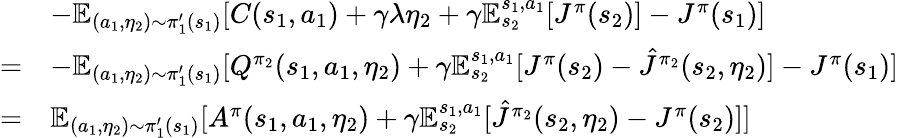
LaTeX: \begin{array}{rl}&{-\mathbb{E}_{(a_{1},\eta_{2})\sim\pi_{1}^{\prime}(s_{1})}[C(s_{1},a_{1})+\gamma\lambda\eta_{2}+\gamma\mathbb{E}_{s_{2}}^{s_{1},a_{1}}[J^{\pi}(s_{2})]-J^{\pi}(s_{1})]}\\ {=}&{-\mathbb{E}_{(a_{1},\eta_{2})\sim\pi_{1}^{\prime}(s_{1})}[Q^{\pi_{2}}(s_{1},a_{1},\eta_{2})+\gamma\mathbb{E}_{s_{2}}^{s_{1},a_{1}}[J^{\pi}(s_{2})-\hat{J}^{\pi_{2}}(s_{2},\eta_{2})]-J^{\pi}(s_{1})]}\\ {=}&{\mathbb{E}_{(a_{1},\eta_{2})\sim\pi_{1}^{\prime}(s_{1})}[A^{\pi}(s_{1},a_{1},\eta_{2})+\gamma\mathbb{E}_{s_{2}}^{s_{1},a_{1}}[\hat{J}^{\pi_{2}}(s_{2},\eta_{2})-J^{\pi}(s_{2})]]}\end{array}